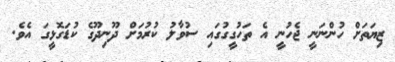
ޒިޔަތަށް ހުންނަނީ ޖެހުނީ އެ ތަހުގީގުގައި ސުވާލު ކުރުމަށް ދޫނިދޫގެ ކުޑަގޮޅީގަ އެވެ.